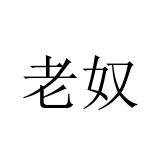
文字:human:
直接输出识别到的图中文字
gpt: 老奴